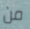
من